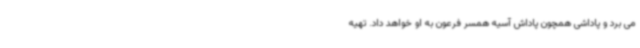
می برد و پاداشی همچون پاداش آسیه همسر فرعون به او خواهد داد. تهیه